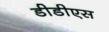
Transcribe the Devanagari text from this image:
डीडीएस